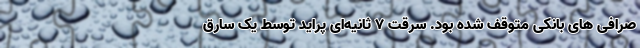
صرافی های بانکی متوقف شده بود. سرقت ۷ ثانیه‌ای پراید توسط یک سارق